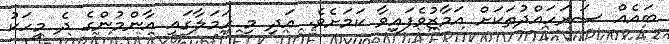
ބައެއް ސަރަހައްދުތަކަށް އަމާޒުވެފައިވާ ކަމަށެވެ. އަދި މި ހަމަލާގައި އާންމުންގެ ދެ މީހަކު